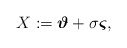
\begin{align*}X:=\mbox{\boldmath$\vartheta$} +\sigma\mbox{\boldmath$\varsigma$}, \end{align*}